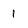
Character: 1